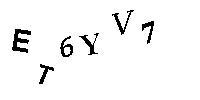
ET6YV7